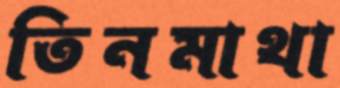
তিনমাথা